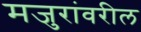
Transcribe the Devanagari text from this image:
मजुरांवरील